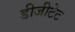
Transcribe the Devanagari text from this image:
डीजीटेट